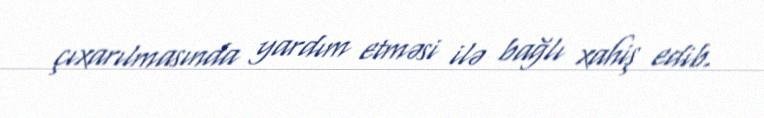
çıxarılmasında yardım etməsi ilə bağlı xahiş edib.